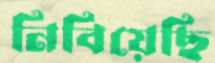
নিবিয়েছি